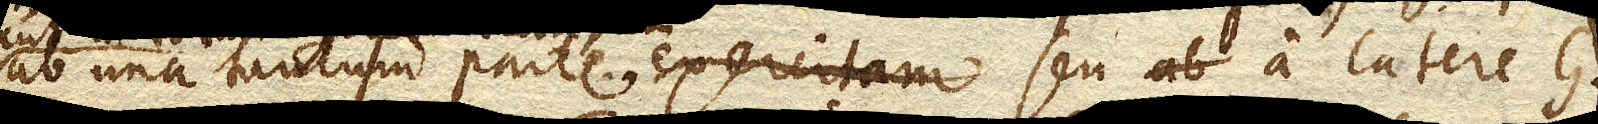
ab una tantum parte seu a latere G.